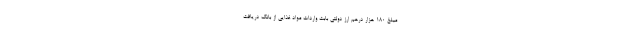
مبلغ ۱۸۰ هزار درهم ارز دولتی بابت واردات مواد غذایی از بانک دریافت